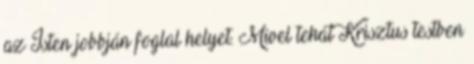
az Isten jobbján foglal helyet. Mivel tehát Krisztus testben